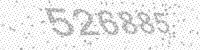
Solution: 526885